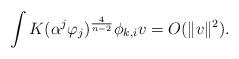
LaTeX: \begin{align*}\int K(\alpha^{j}\varphi_{j})^{\frac{4}{n-2}}\phi_{k,i}v=O(\Vert v \Vert^{2}).\end{align*}